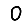
Digit: 0